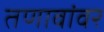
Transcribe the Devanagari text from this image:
तणावांवर